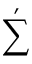
\sum ^ { \prime }